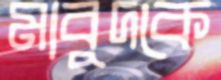
মাবুদকে